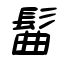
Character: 髷